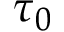
\tau _ { 0 }